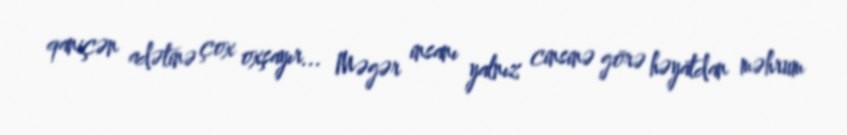
qaniçən adətinə çox oxşayır... Məgər insanı yalnız cinsinə görə həyatdan məhrum